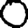
Digit: 0